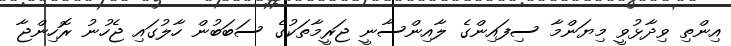
އިންތި ވިދާޅުވީ މިޔަންމާ ސިފައިންގެ ލާއިންސާނީ ޖަރީމާތަކުގެ ސަބަބުން ހާލުގައި ޖެހުނު ރޮހިންޖާ